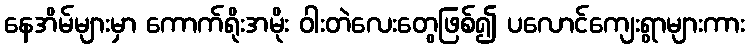
နေအိမ်များမှာ ကောက်ရိုးအမိုး ဝါးတဲလေးတွေဖြစ်၍ ပလောင်ကျေးရွာများကား